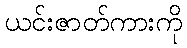
ယင်းဇာတ်ကားကို